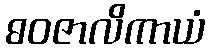
ဓဝဇာလိကာယံ